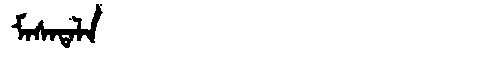
Manchu: ᠮᠠᠰᠠᡨᠠᠯᠠ
Romanization: MASATALA